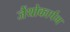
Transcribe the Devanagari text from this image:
जैंथोकार्पम